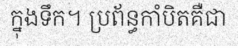
ក្នុងទឹក។ ប្រព័ន្ធកាំបិតគឺជា